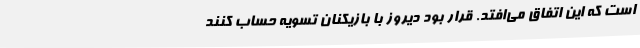
است که این اتفاق می‌افتد. قرار بود دیروز با بازیکنان تسویه حساب کنند